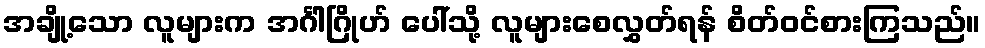
အချို့သော လူများက အင်္ဂါဂြိုဟ် ပေါ်သို့ လူများစေလွှတ်ရန် စိတ်ဝင်စားကြသည်။